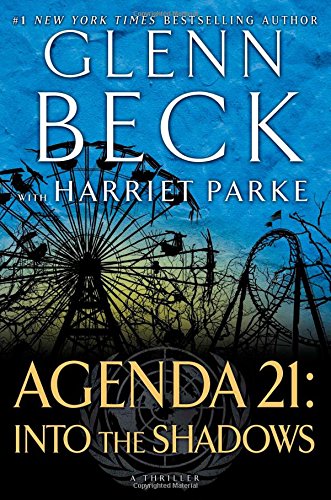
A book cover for Agenda 21: Into the Shadows; Glenn Beck; Mystery, Thriller & Suspense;